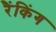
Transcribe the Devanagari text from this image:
रैंकिंग